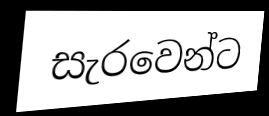
සැරවෙන්ට